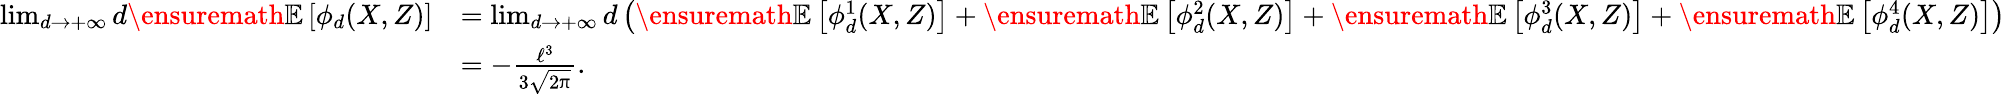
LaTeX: \begin{array}{rl}{\operatorname*{lim}_{d\to+\infty}d\ensuremath{\mathbb{E}\left[\phi_{d}(X,Z)\right]}}&{=\operatorname*{lim}_{d\to+\infty}d\left(\ensuremath{\mathbb{E}\left[\phi_{d}^{1}(X,Z)\right]}+\ensuremath{\mathbb{E}\left[\phi_{d}^{2}(X,Z)\right]}+\ensuremath{\mathbb{E}\left[\phi_{d}^{3}(X,Z)\right]}+\ensuremath{\mathbb{E}\left[\phi_{d}^{4}(X,Z)\right]}\right)}\\ &{=-\frac{\ell^{3}}{3\sqrt{2\uppi}}.}\end{array}